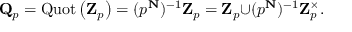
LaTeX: \mathbf { Q } _ { p } = \operatorname { Q u o t } \left( \mathbf { Z } _ { p } \right) = ( p ^ { \mathbf { N } } ) ^ { - 1 } \mathbf { Z } _ { p } = \mathbf { Z } _ { p } { \cup } ( p ^ { \mathbf { N } } ) ^ { - 1 } \mathbf { Z } _ { p } ^ { \times } .